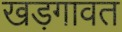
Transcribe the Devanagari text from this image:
खड़गावत